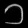
Digit: ၁